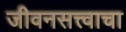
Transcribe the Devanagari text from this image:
जीवनसत्त्वाचा